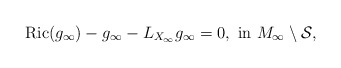
\begin{align*} {\rm Ric}(g_\infty)-g_\infty-L_{X_\infty}g_\infty=0,~{\rm in }~M_\infty\setminus\mathcal{S},\end{align*}